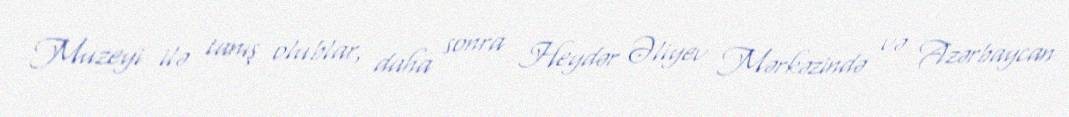
Muzeyi ilə tanış olublar, daha sonra Heydər Əliyev Mərkəzində və Azərbaycan